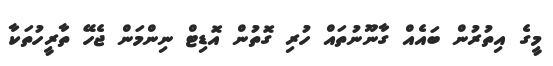
މީގެ އިތުރުން ބައެއް ގާނޫނުތައް ހުރި ގޮތުން އޮޑިޓް ނިންމަން ޖެހޭ ތާރީހުތަކާ